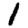
Digit: 1